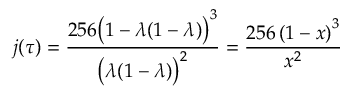
j ( \tau ) = { \frac { 2 5 6 { \bigl ( } 1 - \lambda ( 1 - \lambda ) { \bigr ) } ^ { 3 } } { { \bigl ( } \lambda ( 1 - \lambda ) { \bigr ) } ^ { 2 } } } = { \frac { 2 5 6 \left( 1 - x \right) ^ { 3 } } { x ^ { 2 } } }